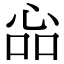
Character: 𢙈